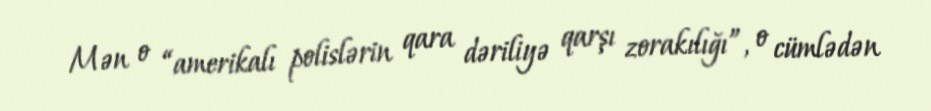
Mən o “amerikalı polislərin qara dəriliyə qarşı zorakılığı”, o cümlədən